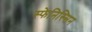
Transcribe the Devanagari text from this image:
स्फेनिस्सिन